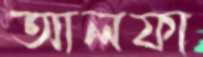
আলফা